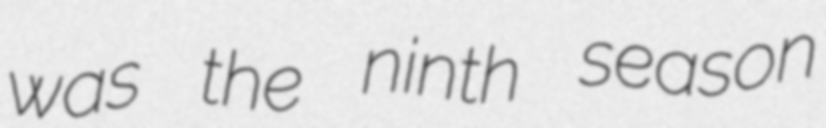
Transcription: was the ninth season